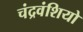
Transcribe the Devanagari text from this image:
चंद्रवंशियो